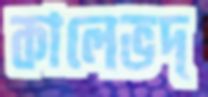
কালেভদ্